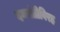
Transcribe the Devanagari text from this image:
दमयंतीविरह